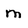
Character: m